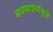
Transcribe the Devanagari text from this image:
मधमाश्यांमुळे